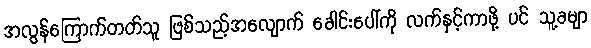
အလွန်ကြောက်တတ်သူ ဖြစ်သည့်အလျောက် ခေါင်းပေါ်ကို လက်နှင့်ကာဖို့ ပင် သူ့ခမျာ